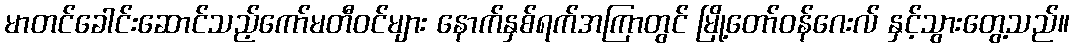
မာတင်ခေါင်းဆောင်သည့်ကော်မတီဝင်များ နောက်နှစ်ရက်အကြာတွင် မြို့တော်ဝန်ဂေးလ် နှင့်သွားတွေ့သည်။